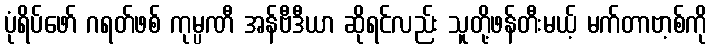
ပုံရိပ်ဖော် ဂရတ်ဖစ် ကုမ္ပဏီ အန်ဗီဒီယာ ဆိုရင်လည်း သူတို့ဖန်တီးမယ့် မက်တာဗာ့စ်ကို